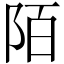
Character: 陌